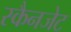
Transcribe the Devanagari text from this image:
स्कैनजेट